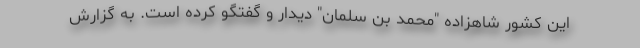
این کشور شاهزاده "محمد بن سلمان" دیدار و گفتگو کرده است. به گزارش